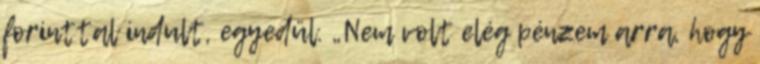
forinttal indult, egyedül. „Nem volt elég pénzem arra, hogy